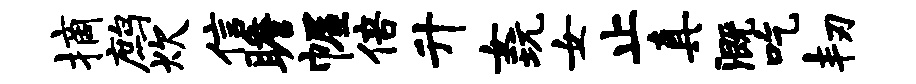
摘鹧炊信瞻幄倍升女玩女止真溉吃韧